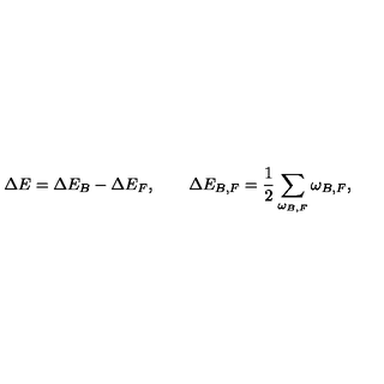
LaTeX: \Delta E = \Delta E _ { B } - \Delta E _ { F } , \qquad \Delta E _ { B , F } = \frac 1 2 \sum _ { \omega _ { B , F } } \omega _ { B , F } ,